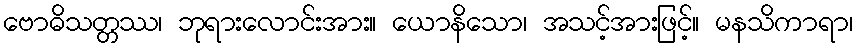
ဗောဓိသတ္တဿ၊ ဘုရားလောင်းအား။ ယောနိသော၊ အသင့်အားဖြင့်။ မနသိကာရာ၊